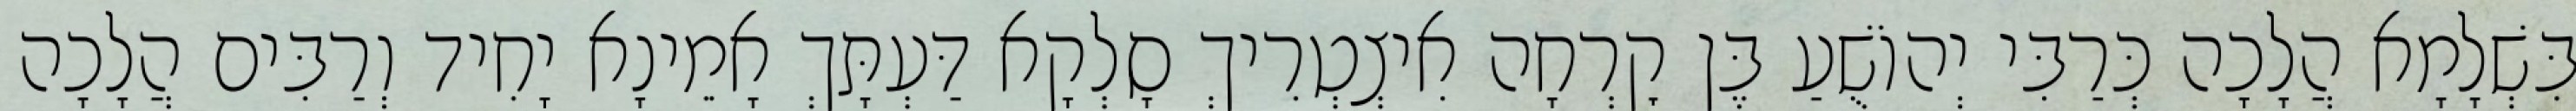
בִּשְׁלָמָא הֲלָכָה כְּרַבִּי יְהוֹשֻׁעַ בֶּן קׇרְחָה אִיצְטְרִיךְ סָלְקָא דַּעְתָּךְ אָמֵינָא יָחִיד וְרַבִּים הֲלָכָה